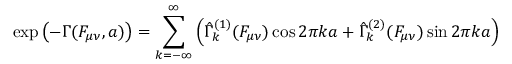
\exp \left( - \Gamma ( F _ { \mu \nu } , a ) \right) = \sum _ { k = - \infty } ^ { \infty } \left( \hat { \Gamma } _ { k } ^ { ( 1 ) } ( F _ { \mu \nu } ) \cos 2 \pi k a + \hat { \Gamma } _ { k } ^ { ( 2 ) } ( F _ { \mu \nu } ) \sin 2 \pi k a \right)